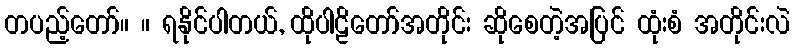
တပည့်တော်။ ။ ရနိုင်ပါတယ်, ထိုပါဠိတော်အတိုင်း ဆိုစေတဲ့အပြင် ထုံးစံ အတိုင်းလဲ